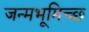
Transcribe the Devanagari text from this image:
जन्मभूमिच्छ